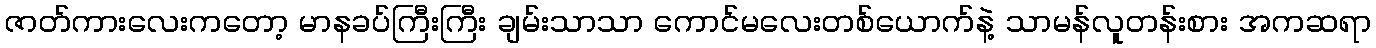
ဇာတ်ကားလေးကတော့ မာနခပ်ကြီးကြီး ချမ်းသာသာ ကောင်မလေးတစ်ယောက်နဲ့ သာမန်လူတန်းစား အကဆရာ